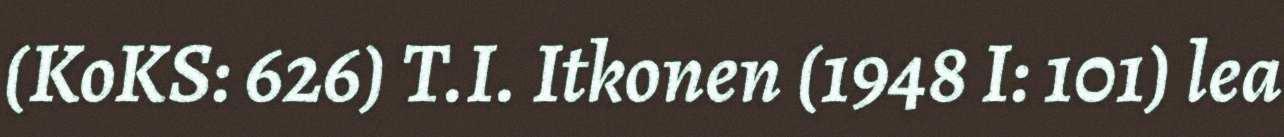
(KoKS: 626) T.I. Itkonen (1948 I: 101) lea